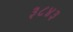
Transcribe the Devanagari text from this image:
३८४३